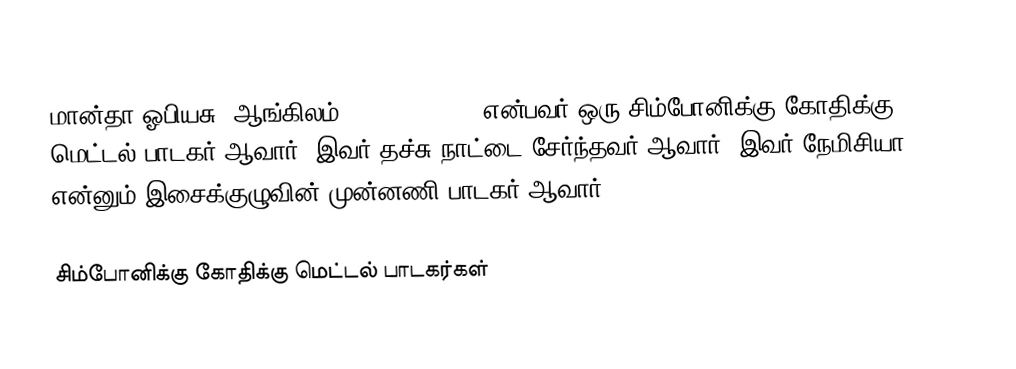
மான்தா ஓபியசு (ஆங்கிலம்: Manda Ophius) என்பவர் ஒரு சிம்போனிக்கு கோதிக்கு மெட்டல் பாடகர் ஆவார். இவர் தச்சு நாட்டை சேர்ந்தவர் ஆவார். இவர் நேமிசியா என்னும் இசைக்குழுவின் முன்னணி பாடகர் ஆவார்.

சிம்போனிக்கு கோதிக்கு மெட்டல் பாடகர்கள்